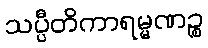
သပ္ပီတိကာရမ္မဏဉ္စ